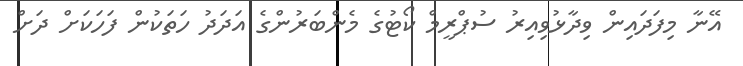
އޭނާ މިފަދައިން ވިދާޅުވިއިރު ސުޕްރީމް ކޯޓުގެ މެންބަރުންގެ އަދަދު ހަތަކުން ފަހަކަށް ދަށް